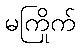
မကြိုက်